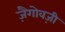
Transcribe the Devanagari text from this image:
ज़ैगोवज़ी